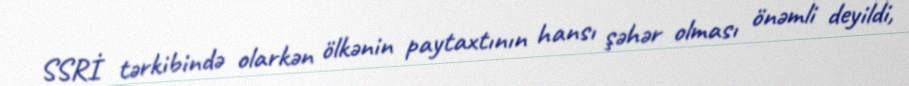
SSRİ tərkibində olarkən ölkənin paytaxtının hansı şəhər olması önəmli deyildi,